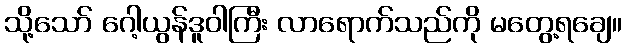
သို့သော် ဂေါ့ယွန်ဒူဝါကြီး လာရောက်သည်ကို မတွေ့ရချေ။